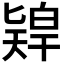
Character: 𠤨